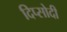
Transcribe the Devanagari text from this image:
दिप्सोदी